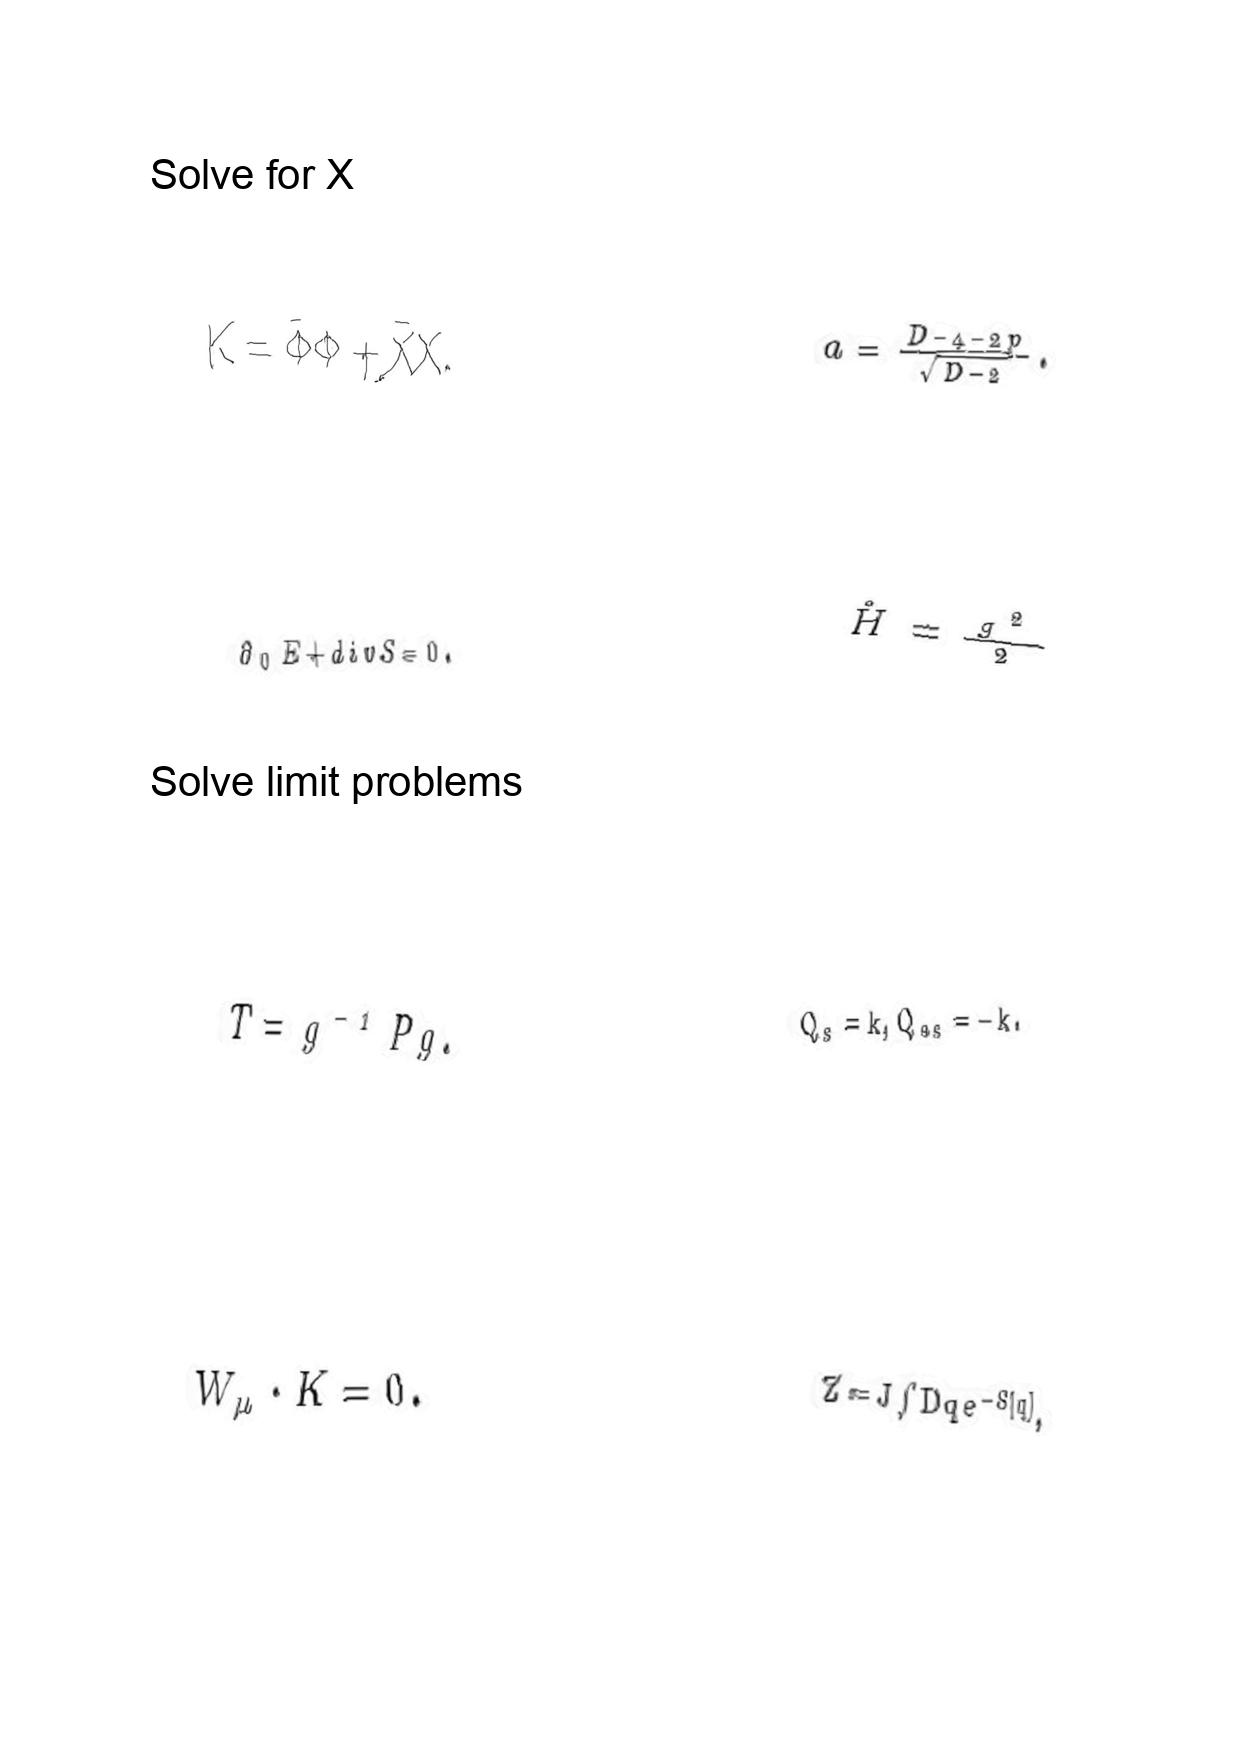
LaTeX transcription:
K = \bar { \Phi } \Phi + \bar { X } X .
\partial _ { 0 } E + d i v S = 0 .
T = g ^ { - 1 } P g .
W _ { \mu } \cdot K = 0 .
a = \frac { D - 4 - 2 p } { \sqrt { D - 2 } } .
\hat { H } = \frac { g ^ { 2 } } { 2 }
Q _ { s } = k , Q _ { a s } = - k .
Z = J \int D q e ^ { - S \lbrack q \rbrack } ,